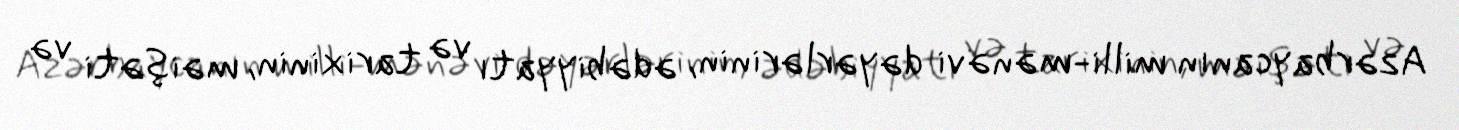
Azərbaycanın milli-mənəvi dəyərlərinin, ədəbiyyatı və tarixinin, məişəti və